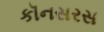
કૉનસરસ